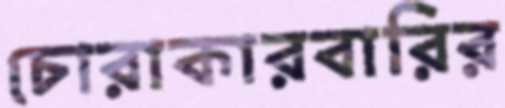
চোরাকারবারির